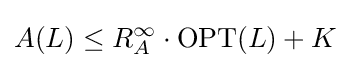
A(L)\leq R_{A}^{\infty }\cdot \mathrm {OPT} (L)+K